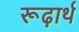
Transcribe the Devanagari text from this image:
रूढ़ार्थ